system: You are a helpful assistant.
user:
Analyze the provided spectrum to determine if it is a **M-type Giant (gM)**.

A M-type Giant spectrum is defined by its **strong molecular absorption** features, particularly from **Titanium Oxide (TiO)**. You must check for one of the following mutually exclusive signatures:

- **Key Visual Indicators (Absorption-Dominated Spectrum):**

    - **(Primary):** The spectrum is dominated by strong molecular absorption from **Titanium Oxide (TiO)**. This is the **defining feature** of its M-type temperature class.
        - **(Key Bandheads):** Look for sharp, "saw-tooth" absorption valleys. The strongest are located near **~7050 Å**, **~6160 Å**, and **~5170 Å**.
        - **(Line Profile):** The "saw-tooth" morphology is critical: a **sharp, steep drop on the BLUE (short-wavelength) side** of the bandhead, followed by a gradual recovery (rising flux) towards the RED (long-wavelength) side.

    - **(Key Confirmation - Giant vs. Dwarf):** **ABSENCE** of strong **Calcium Hydride (CaH)** molecular bands. This is the primary diagnostic for *excluding* M-dwarfs.
        - **(Key Region):** The spectrum should lack the strong, broad absorption band seen in dwarfs between **~6800 Å and ~7000 Å**.

    - **(Secondary Confirmation - Giant):** A very strong and broad **Neutral Calcium (Ca I)** atomic absorption line.
        - **(Key Line):** Located at **~4226 Å**. In a giant (gM), this line is significantly deeper and broader than the same line in an M-dwarf (dM) due to low surface gravity.

    - **(Overall Spectrum):**
        - The continuum is **extremely red-sloping** (i.e., flux is very low in the blue and rises dramatically towards the red).
        - The entire spectrum appears "chopped up" by the deep TiO bands.

Think first, call **spectral_visualization_tool** if needed to examine features in detail, then provide your final answer. Your response must adhere to the following strict rules:
1.  **Overall Structure:** Your response must follow the format `<think>...</think> <tool_call>...</tool_call> (if a tool is used) <answer>...</answer>`.
2.  **Tool Usage Constraint:** You may only make **one** tool call per turn.
3.  **Final Answer Format:** In the `<answer>` tag, your conclusion must be inside a `\boxed{}` command (e.g., `\boxed{YES}` or `\boxed{NO}`), followed by your justification.

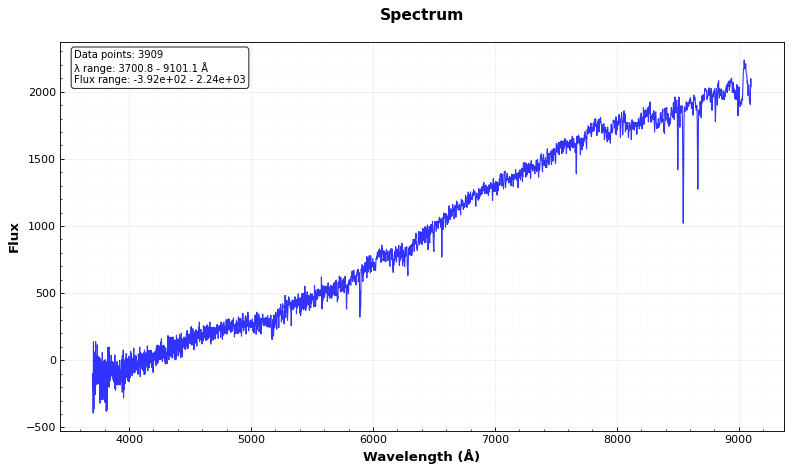
Answer: NO